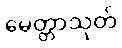
မေတ္တာသုတ်